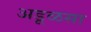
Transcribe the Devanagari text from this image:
अडूळसा